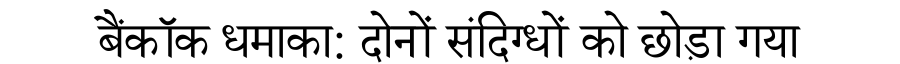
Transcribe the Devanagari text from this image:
बैंकॉक धमाका: दोनों संदिग्धों को छोड़ा गया